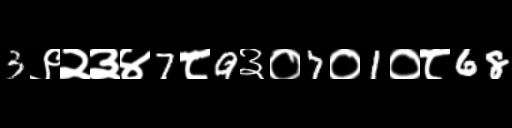
Text: 3९२३४7८9३०7०1०८68